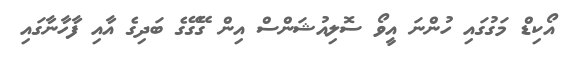
އޯކިޑް މަގުގައި ހުންނަ އީވޯ ސޮލިއުޝަންސް އިން ގޭގޭގެ ބަދިގެ އާއި ފާހާނާގައި